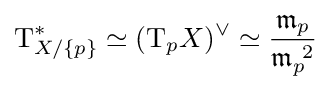
\mathrm {T} _{X/\lbrace p\rbrace }^{*}\simeq (\mathrm {T} _{p}X)^{\vee }\simeq {\frac {{\mathfrak {m}}_{p}}{{\mathfrak {m}}_{p}^{\ 2}}}